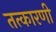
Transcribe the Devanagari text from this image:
तत्कारणी